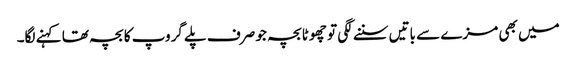
میں بھی مزے سے باتیں سننے لگی تو چھوٹا بچہ جو صرف پلے گروپ کا بچہ تھا کہنے لگا۔